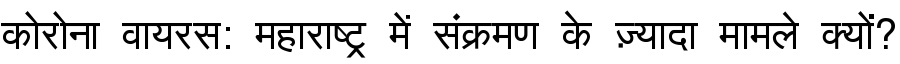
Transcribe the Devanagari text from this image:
कोरोना वायरस: महाराष्ट्र में संक्रमण के ज़्यादा मामले क्यों?